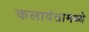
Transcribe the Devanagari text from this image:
कलावंतामध्ये